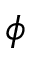
\phi